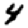
Digit: 4